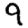
Digit: 9